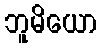
ဘူမိယော